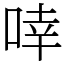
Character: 啈